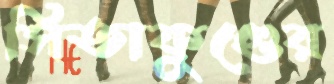
সিতাকুণ্ডের